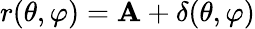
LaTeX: r(\theta,\varphi)=\mathbf{A}+\delta(\theta,\varphi)